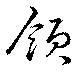
領